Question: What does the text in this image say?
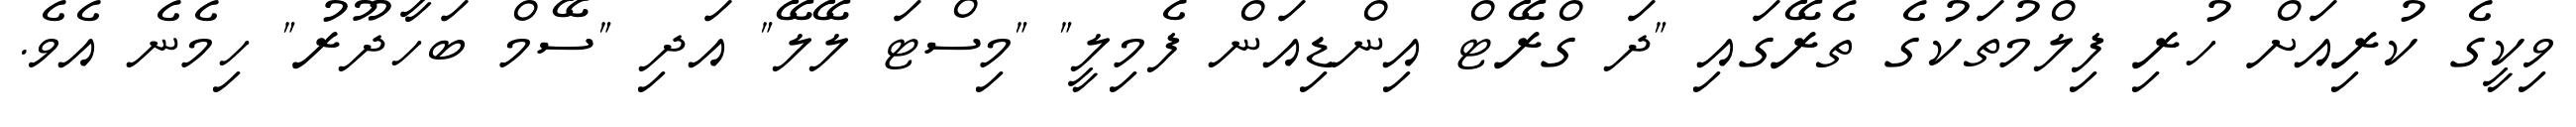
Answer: ވިކީގެ ކުރިއަށް ހުރި ފިލްމުތަކުގެ ތެރޭގައި "ދަ ގްރޭޓް އިންޑިއަން ފެމިލީ" "މިސްޓަ ލޭލޭ" އަދި "ސޭމް ބަހާދޫރު" ހިމެނެ އެވެ.